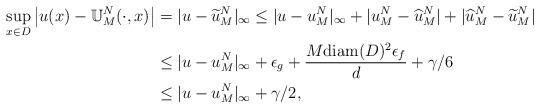
LaTeX: \begin{align*} \sup\limits_{x\in D}\left | u(x)-\mathbb{U}_M^{ N}(\cdot,x)\right|&=|u-\widetilde{u}_M^N|_\infty\leq |u-u_M^N|_\infty +|u_M^N-\widehat{u}_M^N|+|\widehat{u}_M^N-\widetilde{u}_M^N|\\ &\leq |u-u_M^N|_\infty+\epsilon_g+\frac{M{\rm diam}(D)^2\epsilon_f}{d}+\gamma/6\\ &\leq |u-u_M^N|_\infty+\gamma/2,\end{align*}